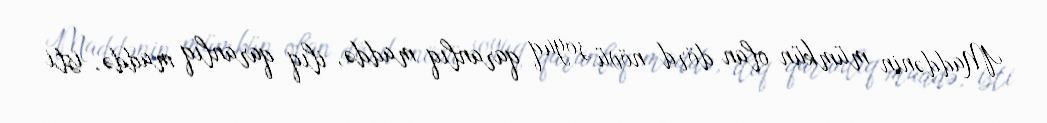
Maddənin mümkün olan dörd növü soyuq qaranlıq maddə, ilıq qaranlıq maddə, isti